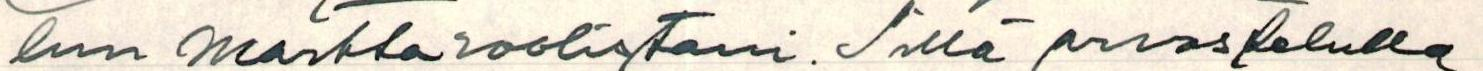
lun marttaroolistani. Sillä arvostelulla